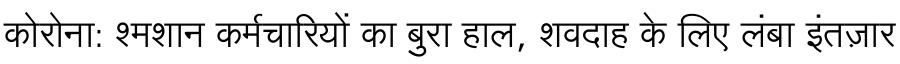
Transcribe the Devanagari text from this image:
कोरोना: श्मशान कर्मचारियों का बुरा हाल, शवदाह के लिए लंबा इंतज़ार